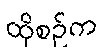
ထိုစဉ်က